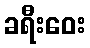
ခရီးဝေး